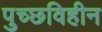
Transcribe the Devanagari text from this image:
पुच्छविहीन